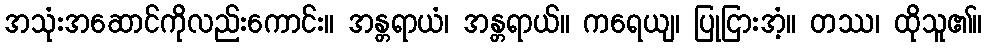
အသုံးအဆောင်ကိုလည်းကောင်း။ အန္တရာယံ၊ အန္တရာယ်။ ကရေယျ၊ ပြုငြားအံ့။ တဿ၊ ထိုသူ၏။